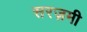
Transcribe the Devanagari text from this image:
सरज़मी